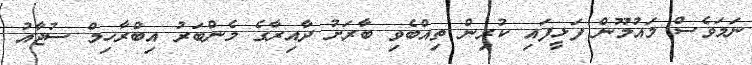
ނަމަވެސް މައުމޫން ފަޅީފައި ކުރިން ތިއްބެވި ބާރަށު ދާއިރާގެ މެންބަރު އިބްރާހިމް ސުޖާއު